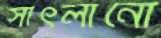
সাঁৎলানো